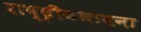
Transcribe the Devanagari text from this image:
राष्ट्रीयभावना